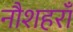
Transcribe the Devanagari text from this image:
नौशहराँ